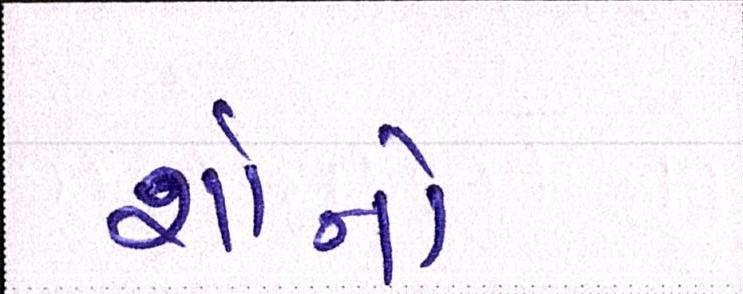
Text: શૉનો